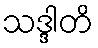
သဒ္ဒါတိ